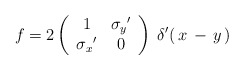
\begin{align*}f = 2 \left( \begin{array}{cc} 1 & {\sigma_y}' \\ {\sigma_x}' & 0 \end{array} \right)\;\delta'(\,x\,-\,y\,)\end{align*}